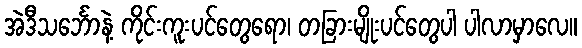
အဲဒီသင်္ဘောနဲ့ ကိုင်းကူးပင်တွေရော၊ တခြားမျိုးပင်တွေပါ ပါလာမှာလေ။